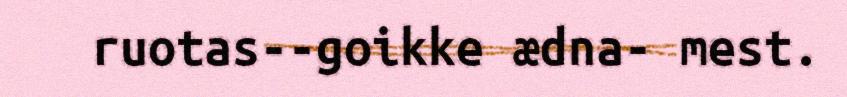
ruotas--goikke ædna- mest.